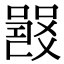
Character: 𤕦